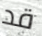
قد